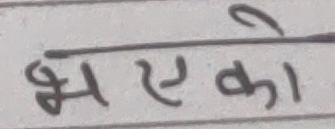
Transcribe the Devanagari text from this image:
भएको